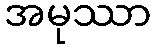
အမုဿာ